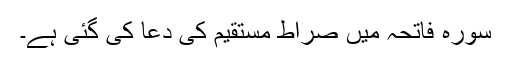
سورۂ فاتحہ میں صراطِ مستقیم کی دعا کی گئی ہے۔